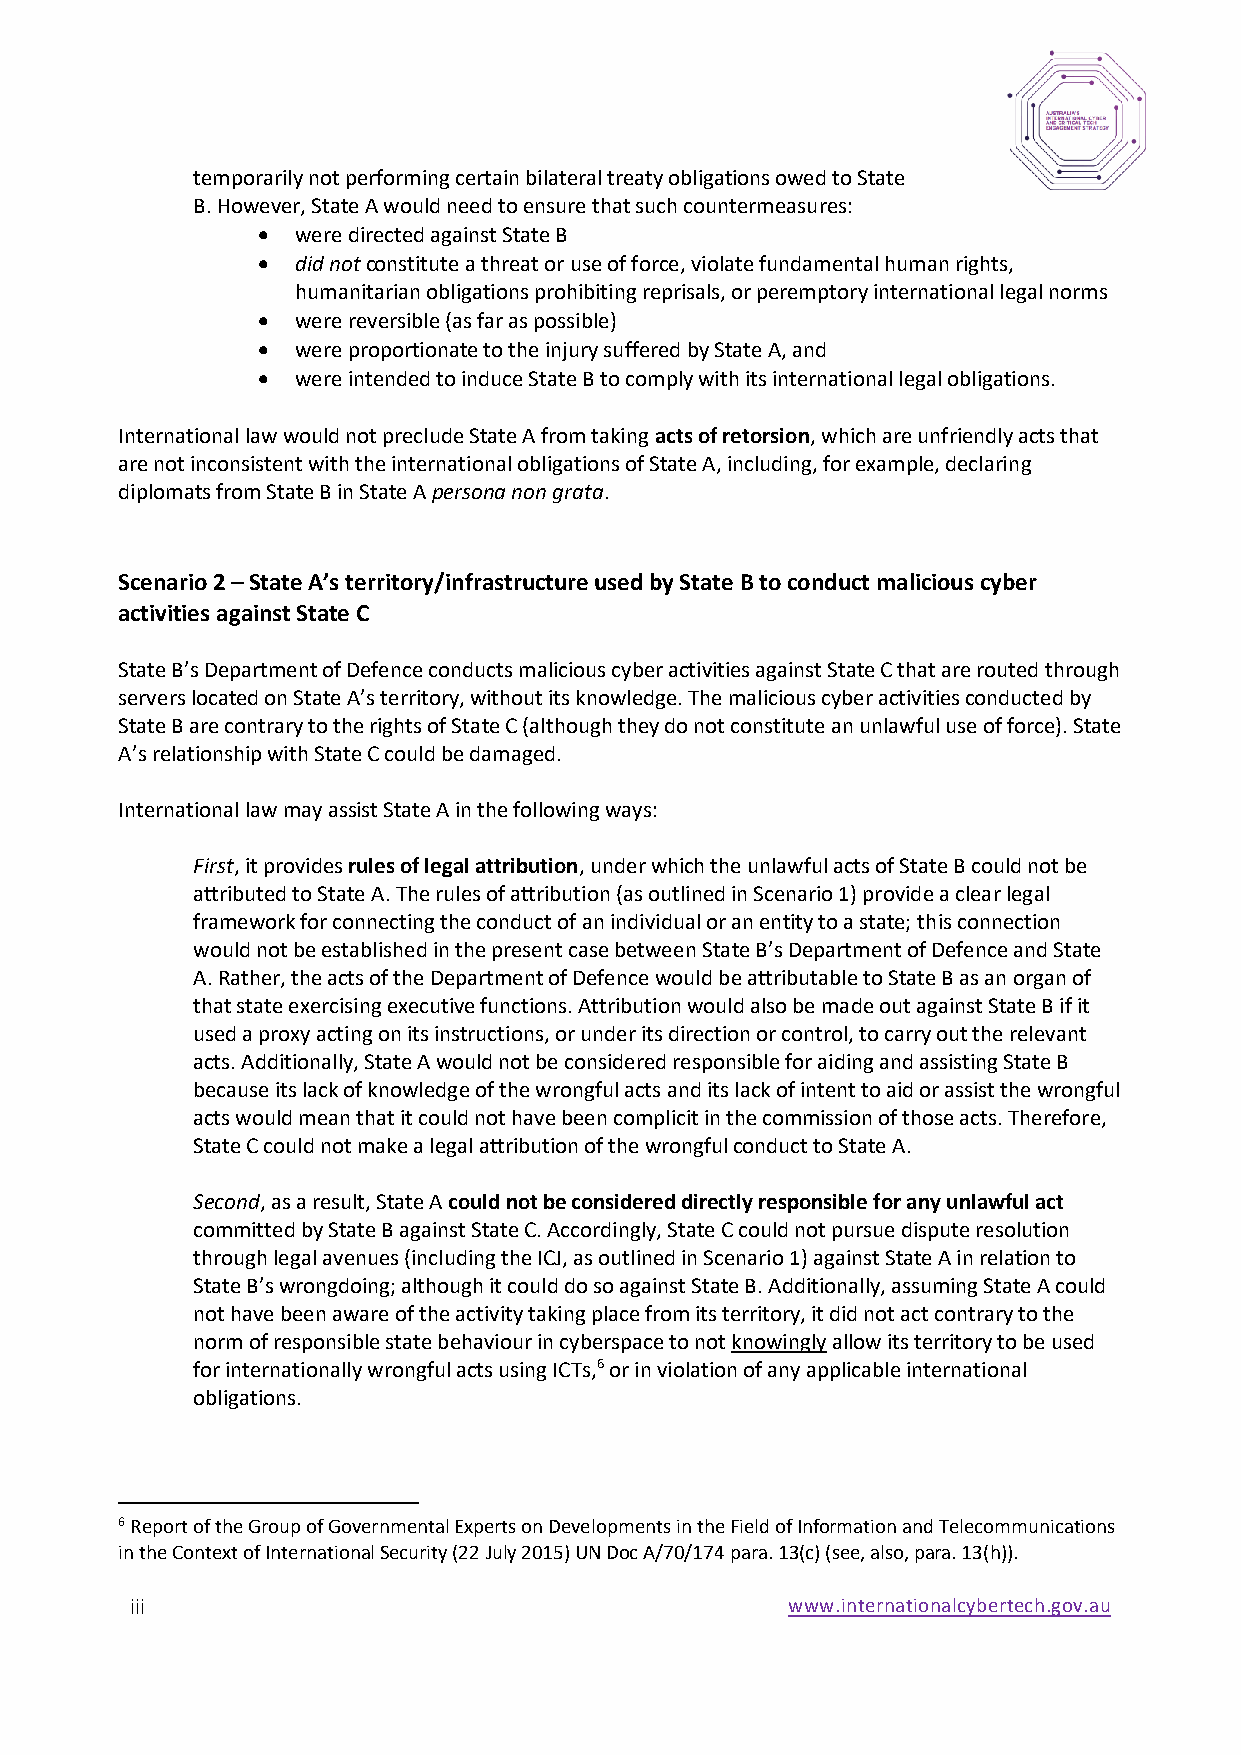
temporarily not performing certain bilateral treaty obligations owed to State
 B. However, State A would need to ensure that such countermeasures:
 •  were directed against State B
 •  did not constitute a threat or use of force, violate fundamental human rights,
 humanitarian obligations prohibiting reprisals, or peremptory international legal norms
 •  were reversible (as far as possible)
 •  were proportionate to the injury suffered by State A, and
 •  were intended to induce State B to comply with its international legal obligations.
 International law would not preclude State A from taking acts of retorsion, which are unfriendly acts that
 are not inconsistent with the international obligations of State A, including, for example, declaring
 diplomats from State B in State A persona non grata.
 Scenario 2 – State A’s territory/infrastructure used by State B to conduct malicious cyber
 activities against State C
 State B’s Department of Defence conducts malicious cyber activities against State C that are routed through
 servers located on State A’s territory, without its knowledge. The malicious cyber activities conducted by
 State B are contrary to the rights of State C (although they do not constitute an unlawful use of force). State
 A’s relationship with State C could be damaged.
 International law may assist State A in the following ways:
 First, it provides rules of legal attribution, under which the unlawful acts of State B could not be
 attributed to State A. The rules of attribution (as outlined in Scenario 1) provide a clear legal
 framework for connecting the conduct of an individual or an entity to a state; this connection
 would not be established in the present case between State B’s Department of Defence and State
 A. Rather, the acts of the Department of Defence would be attributable to State B as an organ of
 that state exercising executive functions. Attribution would also be made out against State B if it
 used a proxy acting on its instructions, or under its direction or control, to carry out the relevant
 acts. Additionally, State A would not be considered responsible for aiding and assisting State B
 because its lack of knowledge of the wrongful acts and its lack of intent to aid or assist the wrongful
 acts would mean that it could not have been complicit in the commission of those acts. Therefore,
 State C could not make a legal attribution of the wrongful conduct to State A.
 Second, as a result, State A could not be considered directly responsible for any unlawful act
 committed by State B against State C. Accordingly, State C could not pursue dispute resolution
 through legal avenues (including the ICJ, as outlined in Scenario 1) against State A in relation to
 State B’s wrongdoing; although it could do so against State B. Additionally, assuming State A could
 not have been aware of the activity taking place from its territory, it did not act contrary to the
 norm of responsible state behaviour in cyberspace to not knowingly allow its territory to be used
 for internationally wrongful acts using ICTs,6 or in violation of any applicable international
 obligations.
 6 Report of the Group of Governmental Experts on Developments in the Field of Information and Telecommunications
 in the Context of International Security (22 July 2015) UN Doc A/70/174 para. 13(c) (see, also, para. 13(h)).
 iii                                        www.internationalcybertech.gov.au